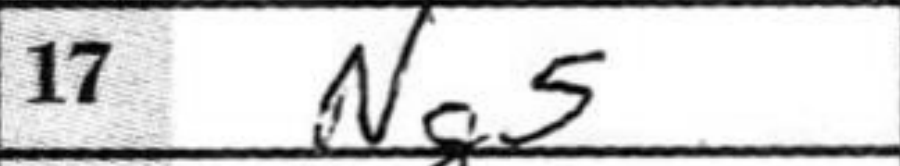
Transcription: Ng5